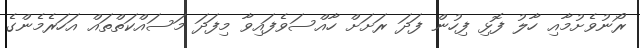
ރޯނުވެށުމާއި ހާލު ފޮޅި ފިހުން ފަދަ ރަށަށް ހާއްސަވެފައިވާ މިފަދަ މަސައްކަތްތައް އަހަރެމެންގެ